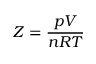
Z = { \frac { p V } { n R T } }